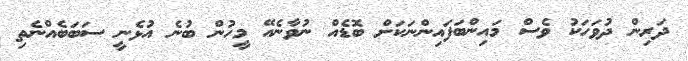
ދަރިން ދުވަހަކު ވެސް މައިންބަފައިންނަކަށް ބޮޑެއް ނުވާނެއޭ މީހުން ބުނެ އުޅެނީ ސަަބަބެއްނެތި